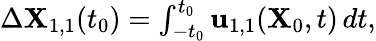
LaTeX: \begin{array}{r}{\Delta\mathbf{X}_{1,1}(t_{0})=\int_{-t_{0}}^{t_{0}}\mathbf{u}_{1,1}(\mathbf{X}_{0},t)\, dt,}\end{array}